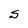
Character: S